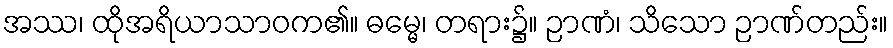
အဿ၊ ထိုအရိယာသာဝက၏။ ဓမ္မေ၊ တရား၌။ ဉာဏံ၊ သိသော ဉာဏ်တည်း။